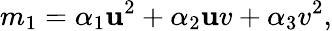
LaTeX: m_{1}=\alpha_{1}\mathbf{u}^{2}+\alpha_{2}\mathbf{u}v+\alpha_{3}v^{2},